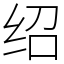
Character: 绍